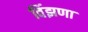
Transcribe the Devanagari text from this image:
विंझणा